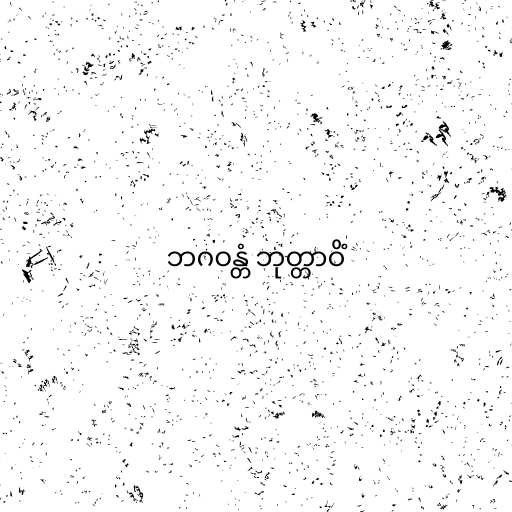
ဘဂဝန္တံ ဘုတ္တာဝိံ